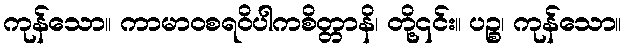
ကုန်သော။ ကာမာဝစရဝိပါကစိတ္တာနိ၊ တို့၎င်း။ ပဉ္စ၊ ကုန်သော။